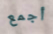
أجمع